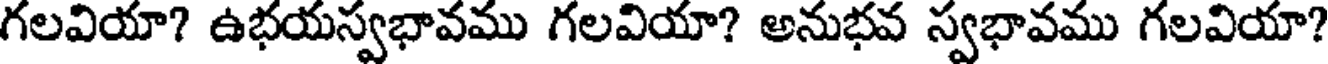
గలవియా? ఉభయస్వభావము గలవియా? అనుభవ స్వభావము గలవియా?